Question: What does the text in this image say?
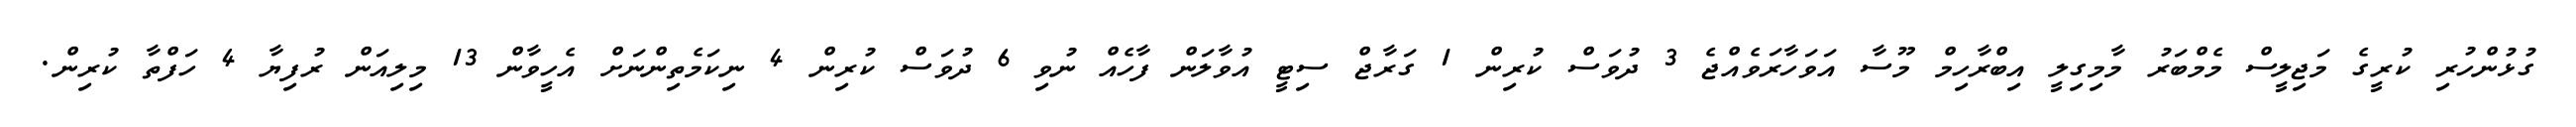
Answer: ގުޅުންހުރި ކުރީގެ މަޖިލީސް މެމްބަރު މާމިގިލީ އިބްރާހިމް މޫސާ އަވަހާރަވެއްޖެ 3 ދުވަސް ކުރިން 1 ގަރާޖް ސިޓީ އުވާލަން ފާހެއް ނުވި 6 ދުވަސް ކުރިން 4 ނިކަމެތިންނަށް އެހީވާން 13 މިލިއަން ރުފިޔާ 4 ހަފްތާ ކުރިން.